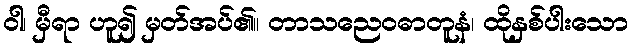
ဝါ၊ မှီရာ ဟူ၍ မှတ်အပ်၏။ တာသညေဝဓာတူနံ၊ ထိုနှစ်ပါးသော